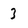
Character: 3